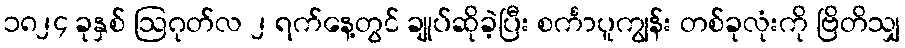
၁၈၂၄ ခုနှစ် ဩဂုတ်လ ၂ ရက်နေ့တွင် ချုပ်ဆိုခဲ့ပြီး စင်္ကာပူကျွန်း တစ်ခုလုံးကို ဗြိတိသျှ